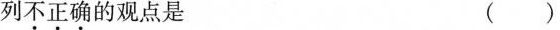
列不正确的观点是 ()